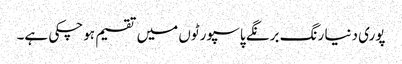
پوری دنیا رنگ برنگے پاسپورٹوں میں تقسیم ہوچکی ہے۔